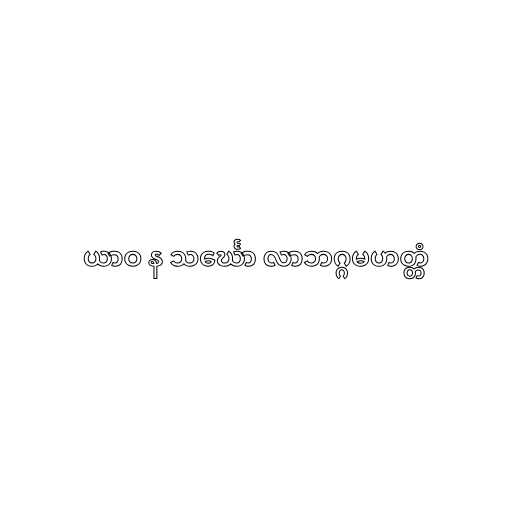
ယာဝ န သင်္ဃော လာဘဂ္ဂမဟတ္တံ